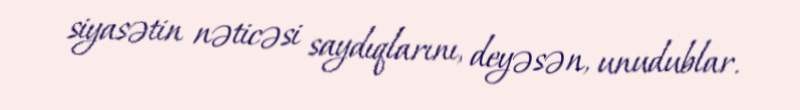
siyasətin nəticəsi saydıqlarını, deyəsən, unudublar.